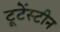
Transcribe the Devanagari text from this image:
टूटेंस्टीन